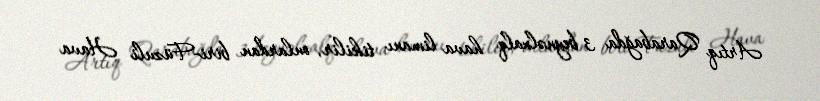
Artıq Qarabağda 3 beynəlxalq hava limanı tikilir, onlardan biri-Füzuli Hava